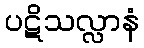
ပဋိသလ္လာနံ